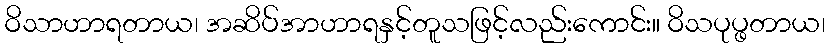
ဝိသာဟာရတာယ၊ အဆိပ်အာဟာရနှင့်တူသဖြင့်လည်းကောင်း။ ဝိသပုပ္ဖတာယ၊